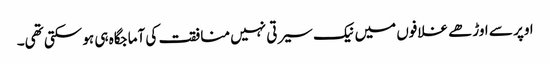
اوپر سے اوڑھے غلافوں میں نیک سیرتی نہیں منافقت کی آماجگاہ ہی ہو سکتی تھی۔